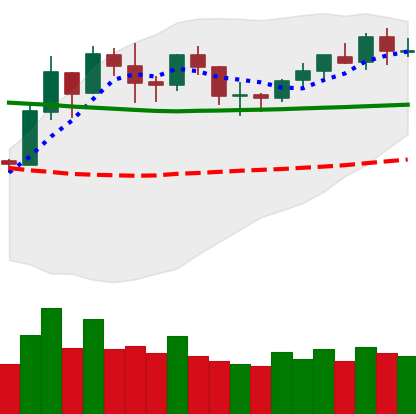
Ticker: BNB-USD
Chart end date: 2020-02-01
Forward return: 13.047%
Label: up_7plus